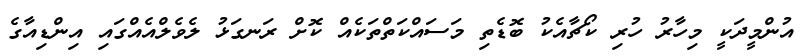
އުންމީދަކީ މިހާރު ހުރި ކޯޗާއެކު ބޮޑެތި މަސައްކަތްތަކެއް ކޮށް ރަނގަޅު ލެވެލްއެއްގައި އިންޑިއާގެ